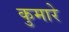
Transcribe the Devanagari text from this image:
कुमारे